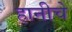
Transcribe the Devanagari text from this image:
हानीचे